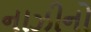
નાઝીનો